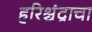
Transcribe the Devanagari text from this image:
हरिश्चंद्राचा